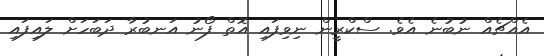
އެއްޗެއް ނުބުނެ އެވެ. ސްކްރީން ނިވިފައި އޮތް ފޯނު އަނބުރާ ދަބަހަށް ލައިފައި